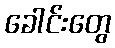
ခေါင်းတွေ